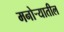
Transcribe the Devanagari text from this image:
मनोर्‍यातील